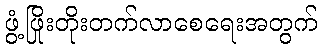
ဖွံ့ဖြိုးတိုးတက်လာစေရေးအတွက်